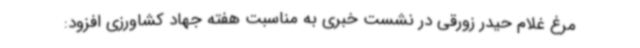
مرغ غلام حیدر زورقی در نشست خبری به مناسبت هفته جهاد کشاورزی افزود: